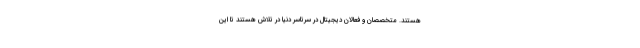
هستند. متخصصان و فعالان دیجیتال در سرتاسر دنیا در تلاش هستند تا این